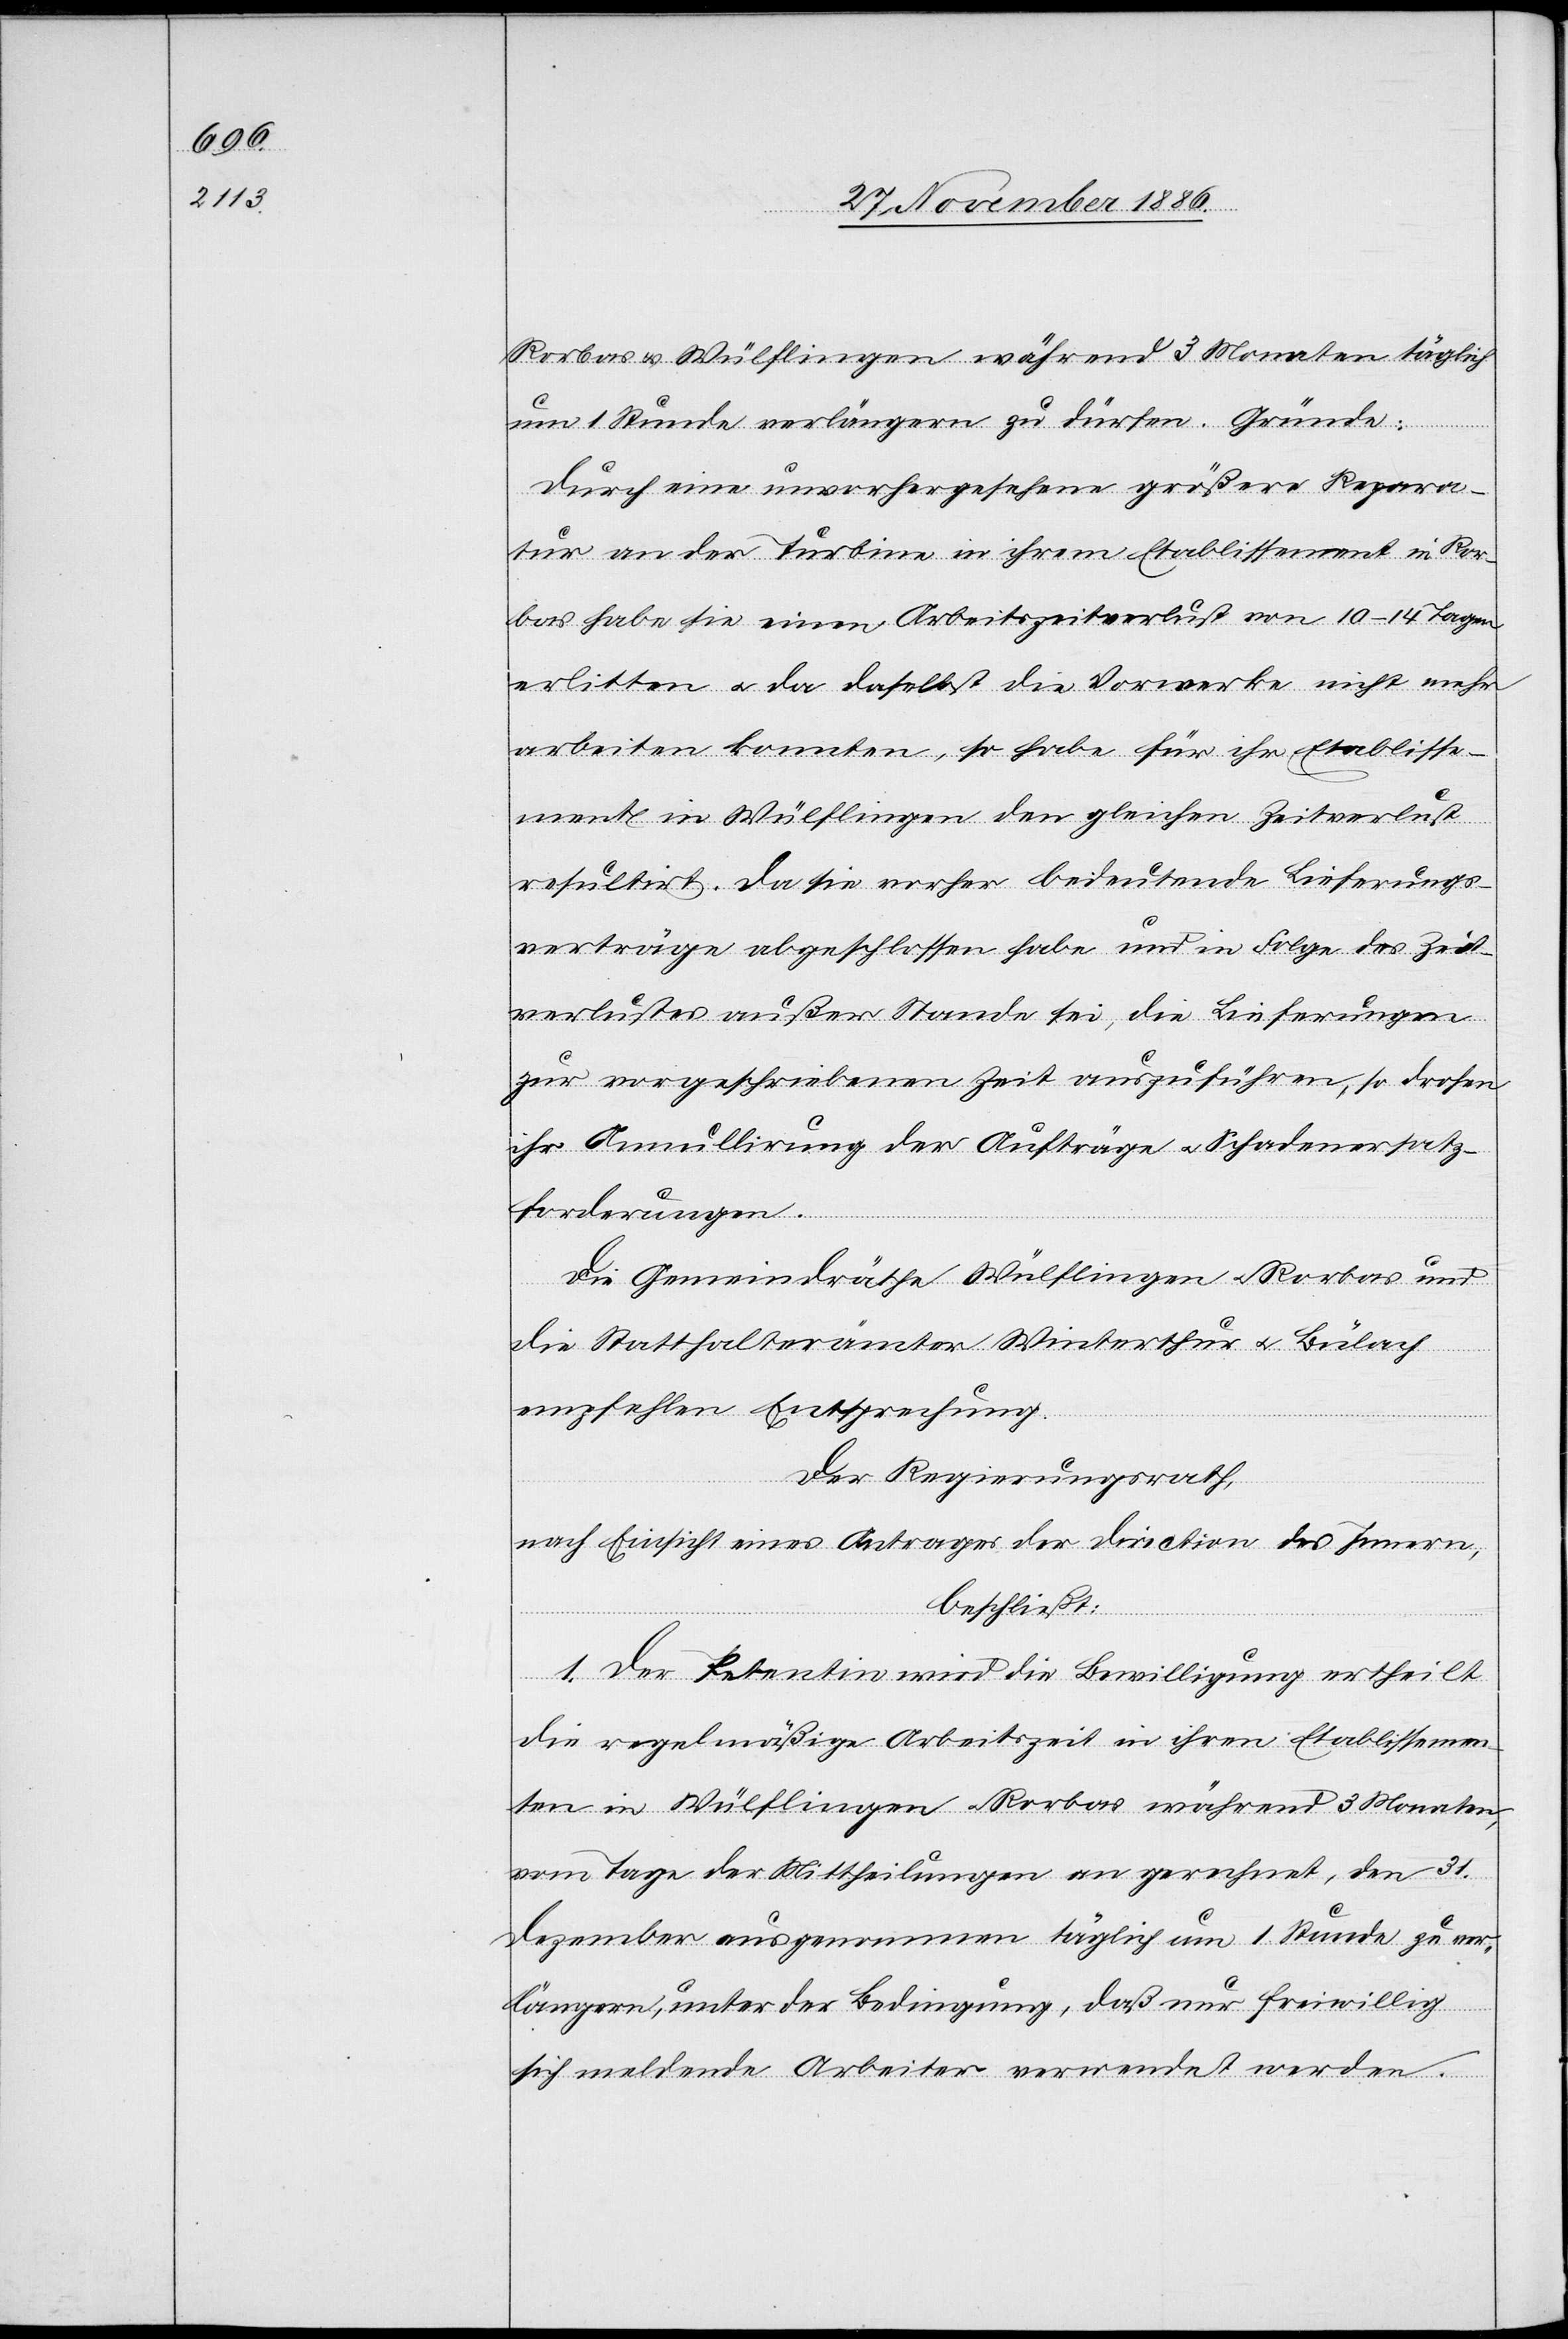
Rorbas & Wülflingen während 3 Monaten täglich
um 1 Stunde verlängern zu dürfen. Gründe:
Durch eine unvorhergesehene größere Repara¬
tur an der Turbine in ihrem Etablissement in Ror¬
bas habe sie einen Arbeitszeitverlust von 10–14 Tagen
erlitten & da daselbst die Vorwerke nicht mehr
arbeiten konnten, so habe für ihr Etablisse¬
ment in Wülflingen den gleichen Zeitverlust
resultirt [sic!]. Da sie vorher bedeutende Lieferungs¬
verträge abgeschlossen habe und in Folge des Zeit¬
verlustes außer Stande sei, die Lieferungen
zur vorgeschriebenen Zeit auszuführen, so drohen
ihr Annullirung der Aufträge & Schadenersatz¬
forderungen.
Die Gemeindräthe Wülflingen & Rorbas und
die Statthalterämter Winterthur & Bülach
empfehlen Entsprechung.
Der Regierungsrath,
nach Einsicht eines Antrages der Direction des Innern,
beschließt:
1. Der Petentin wird die Bewilligung ertheilt
die regelmäßige Arbeitszeit in ihren Etablissemen¬
ten in Wülflingen & Rorbas während 3 Monaten,
vom Tage der Mittheilung an gerechnet, den 31.
Dezember ausgenommen täglich um 1 Stunde zu ver¬
längern, unter der Bedingung, daß nur freiwillig
sich meldende Arbeiter verwendet werden.